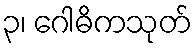
၃၊ ဂေါဓိကသုတ်